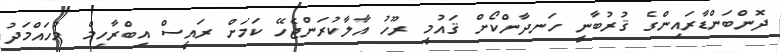
ދޮންބަންޑާރައިންގެ ޤުރުބާނީ ހަނދާންކޯށް ޤައުމީ ރޫހު އާލާކުރަންޖެހޭ ކަމަށް ރައީސް އިބްރާހިމް މުހައްމަދު